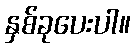
နှစ်ခုပေးပါ။